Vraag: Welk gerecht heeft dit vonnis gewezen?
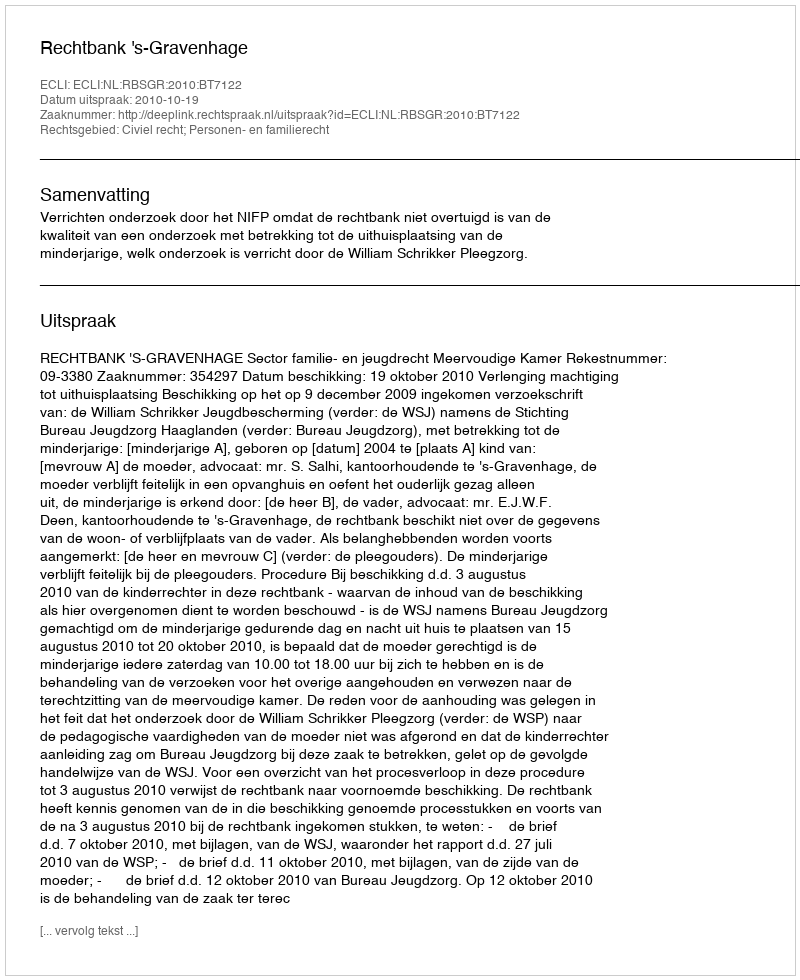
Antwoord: Rechtbank 's-Gravenhage